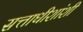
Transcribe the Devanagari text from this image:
सत्ताधीशांशी